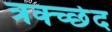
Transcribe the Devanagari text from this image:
त्रक्च्छेद